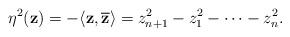
LaTeX: \begin{align*} \eta^2(\mathbf{z})=-\langle\mathbf{z},\mathbf{\overline{z}}\rangle=z_{n+1}^2-z_1^2-\cdots -z_n^2.\end{align*}